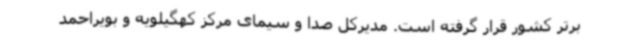
برتر کشور قرار گرفته است. مدیرکل صدا و سیمای مرکز کهگیلویه و بویراحمد